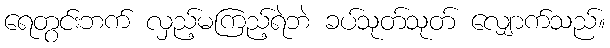
ရေတွင်းဘက် လှည့်မကြည့်ရဲဘဲ ခပ်သုတ်သုတ် လျှောက်သည်။